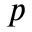
p